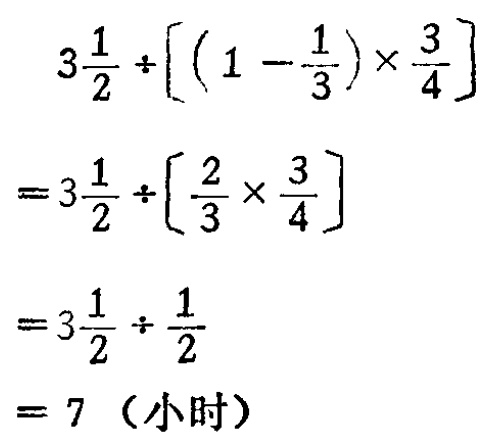
\[

\begin{align*}

&3\frac{1}{2} \div \left[\left(1 - \frac{1}{3}\right) \times \frac{3}{4}\right]\\

=&3\frac{1}{2} \div \left[\frac{2}{3} \times \frac{3}{4}\right]\\

=&3\frac{1}{2} \div \frac{1}{2}\\

=& 7 \text{（小时）}

\end{align*}

\]